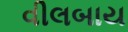
વીલબાય